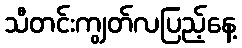
သီတင်းကျွတ်လပြည့်နေ့